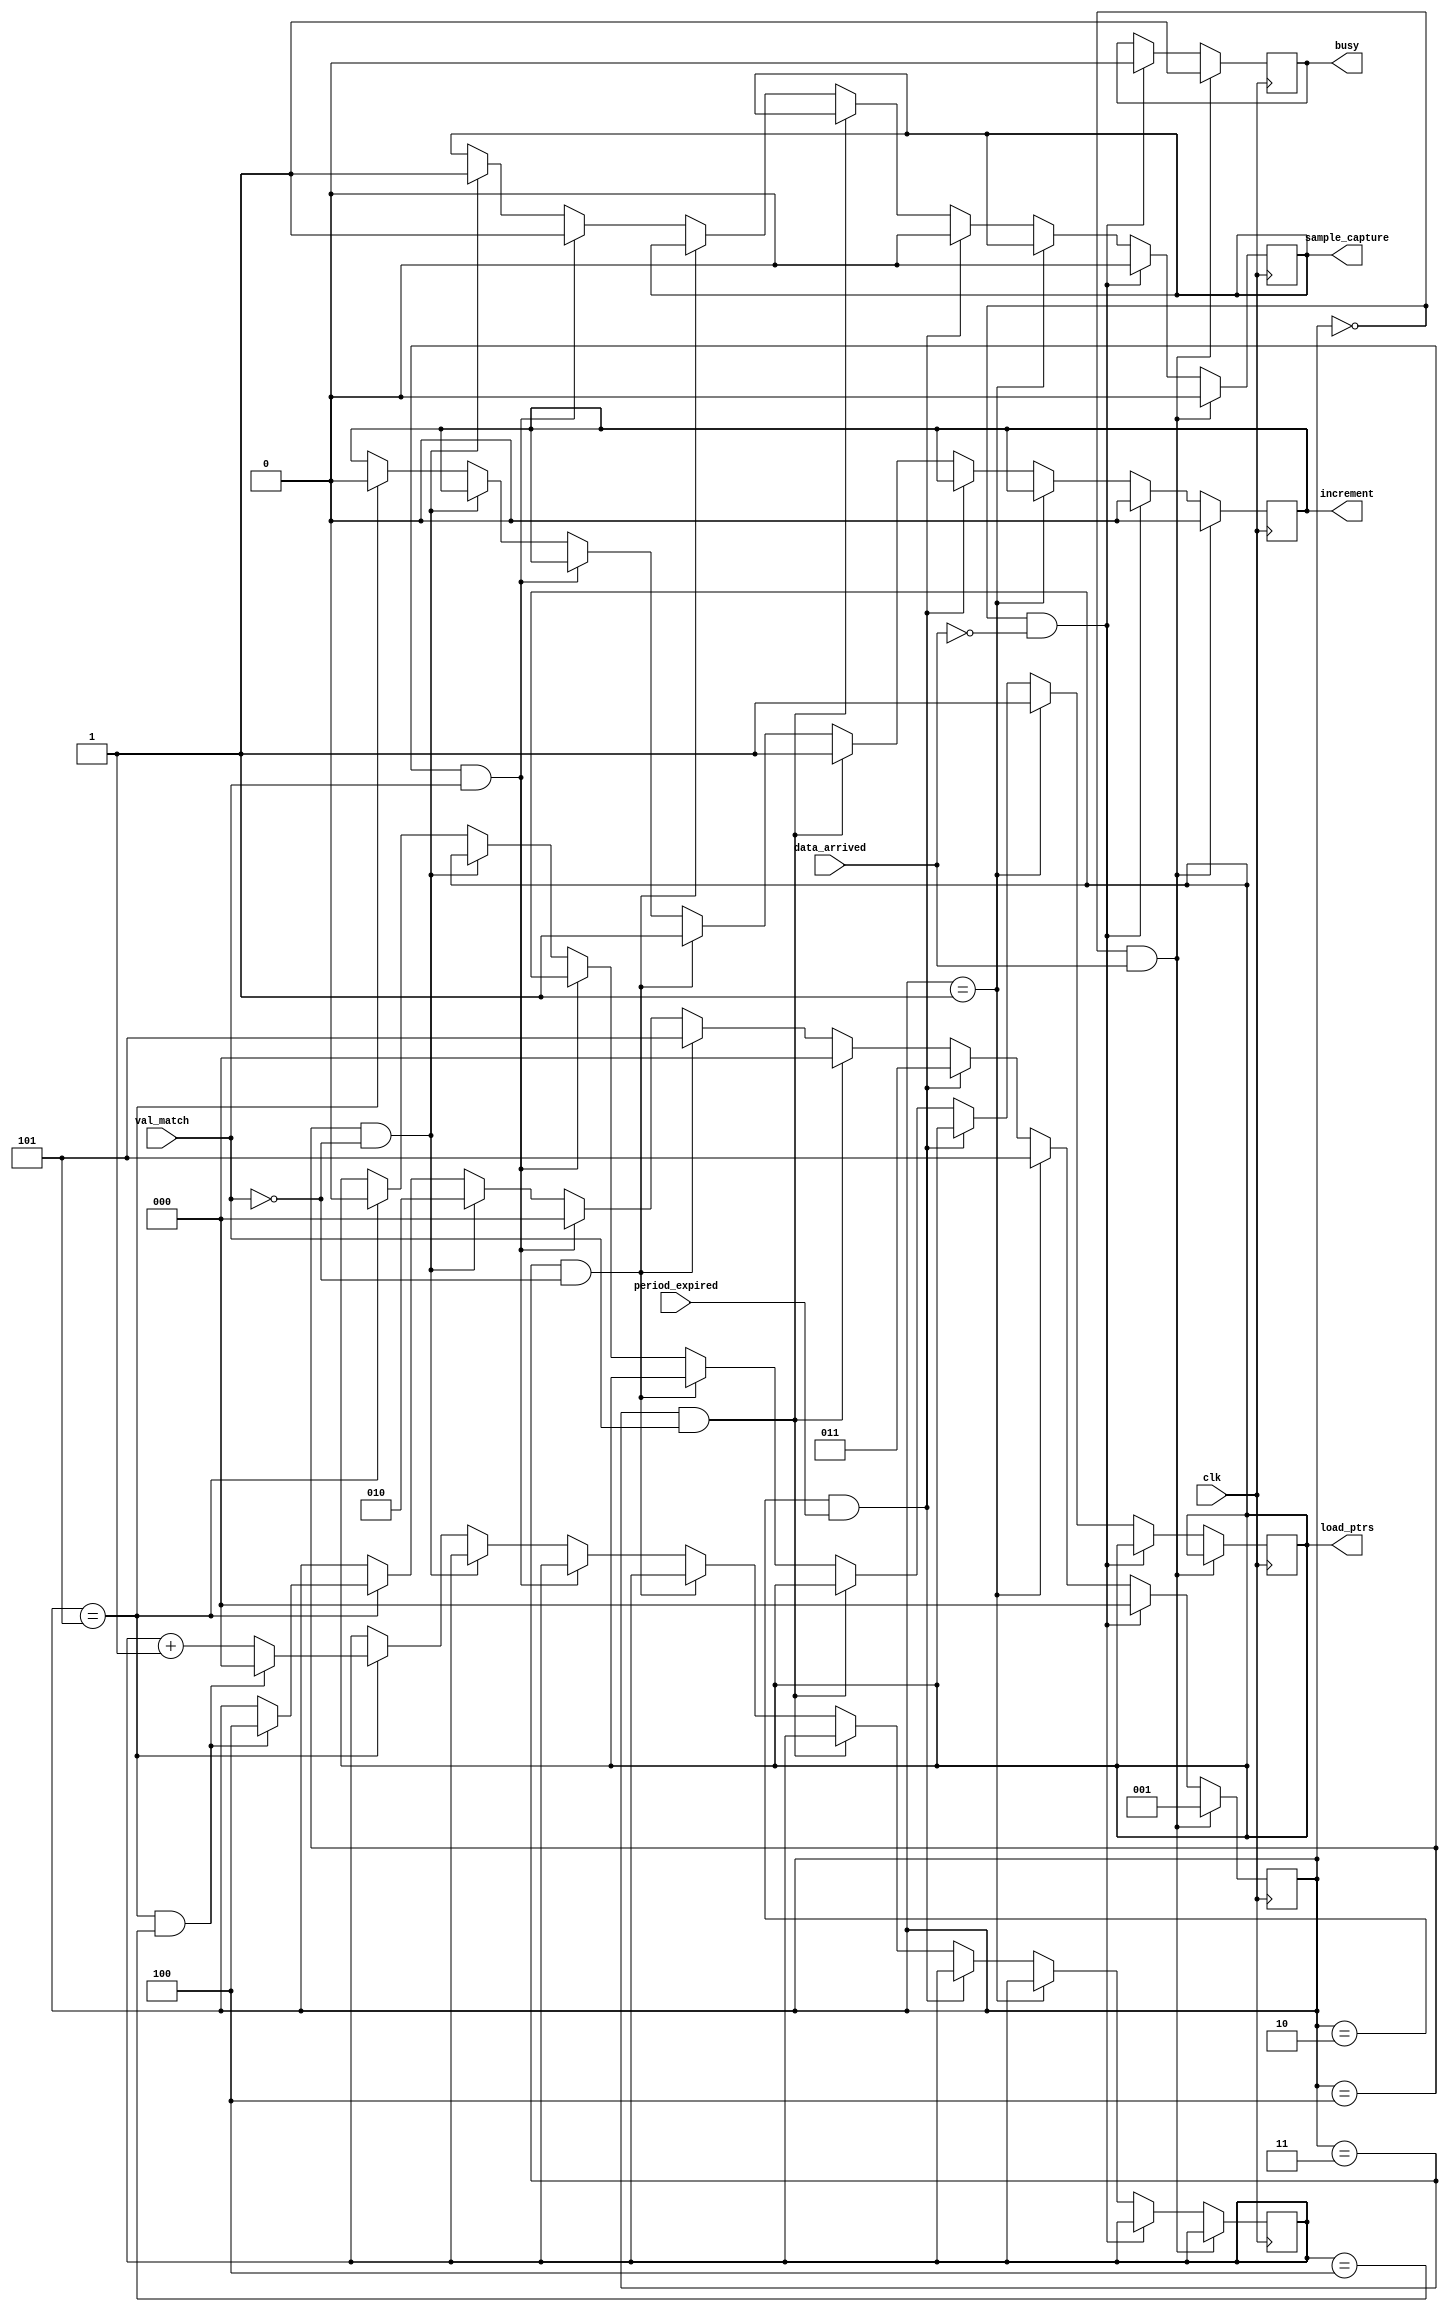
`timescale 1 ns / 1 ps

module fsm (
    output wire busy,
    input wire period_expired,
    input wire data_arrived,
    input wire val_match,
    output wire load_ptrs,
    output wire increment,
    output wire sample_capture,
    input wire clk
    );
    
    reg busy_temp, load_temp, incr_temp, sample_temp;
    reg [2:0] state, delay;

    always @ (posedge clk)
    begin
        if (state == 3'b000 && data_arrived == 1) // inital state 000 that waits for data to arrive in order to move to next state
        begin
            state = 3'b001;
            busy_temp = 1;
            incr_temp = 0;
            sample_temp = 0;
        end
        else if (state == 3'b000 && data_arrived == 0) // inital state 000 loops if data hasn't arrived
        begin
            state = 3'b000;
            busy_temp = 0;
            incr_temp = 0;
            sample_temp = 0;
        end
        else if (state == 3'b001) // once data has arrived we output that we are loading data in this state
        begin
            load_temp = 1;
            state = 3'b101;
        end
        else if (state == 3'b010 && period_expired == 1) // waits for the timer has counted a full sample period
        begin
            state = 3'b011;
            sample_temp = 0;
        end
        else if (state == 3'b011 && val_match == 1) // once the cycle is complete we go back to the idle state 000
        begin
            incr_temp = 1;
            state = 3'b000;
        end 
        else if (state == 3'b011 && val_match == 0) // incrementing pointer has not been completed, waiting for val_match before moving on
        begin
            incr_temp = 1;
            state = 3'b101;
        end 
        else if (state == 3'b100 && val_match == 1) // this state the data is capturing and waits until the pointer has reached its final address
        begin
            sample_temp = 1;
            state = 3'b000;
        end
        else if (state == 3'b100 && val_match == 0) // this state the data is capturing
        begin
            sample_temp = 1;
            state = 3'b010;
        end
        else if (state == 3'b101) // once the period has expired we use a delay to account for ROM read latency before moving onto capture state
        begin
            incr_temp = 0;
            load_temp = 0;
            delay <= delay + 1;
            if( state == 3'b101 && delay == 4)
            begin
                state = 3'b100;
                delay <= 0;
            end
        end
    end
    assign busy = busy_temp;
    assign load_ptrs = load_temp;
    assign increment = incr_temp;
    assign sample_capture = sample_temp;
endmodule